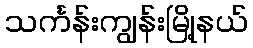
သင်္ကန်းကျွန်းမြို့နယ်